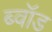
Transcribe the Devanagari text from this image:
ब्वॉड